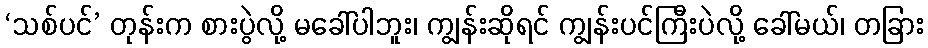
‘သစ်ပင်’ တုန်းက စားပွဲလို့ မခေါ်ပါဘူး၊ ကျွန်းဆိုရင် ကျွန်းပင်ကြီးပဲလို့ ခေါ်မယ်၊ တခြား